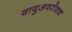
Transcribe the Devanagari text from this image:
वायुअवरोधक